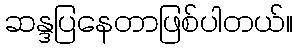
ဆန္ဒပြနေတာဖြစ်ပါတယ်။